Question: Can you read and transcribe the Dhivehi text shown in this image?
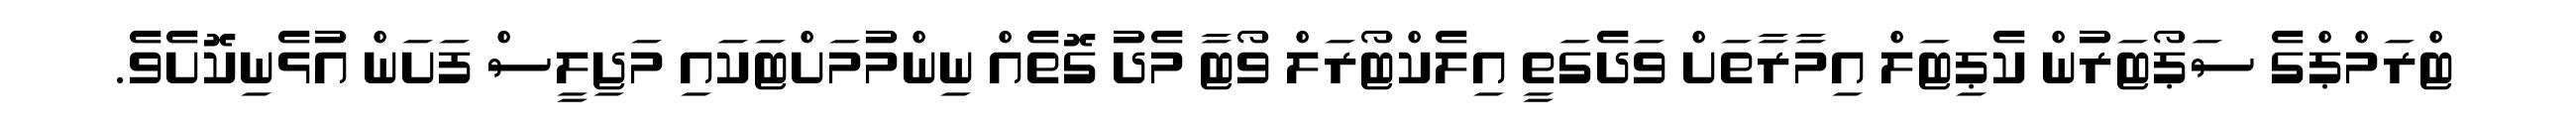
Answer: ޓްރަމްޕްގެ ސަޕޯޓަރުން ކެޕިޓަލް އިމާރާތަށް ވަދެގަތީ އިލެކްޓޯރަލް ވޯޓާ މެދު ގޮތެއް ނިންމުމަށްޓަކައި މަޖިލީސް ފަށަން އުޅެނިކޮށެވެ.